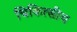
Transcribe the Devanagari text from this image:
चिकित्‍सीय